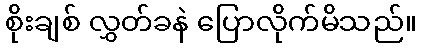
စိုးချစ် လွှတ်ခနဲ ပြောလိုက်မိသည်။